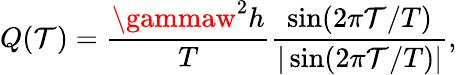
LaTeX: Q(\mathcal{T})=\frac{{\gammaw^{2}h}}{{T}}\frac{{\sin(2\pi\mathcal{T}/T)}}{{|\sin(2\pi\mathcal{T}/T)|}},